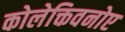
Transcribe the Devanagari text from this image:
कोलेक्तिवनोए